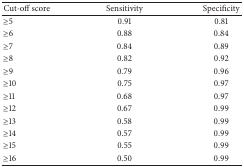
<table><thead><tr><td><b>Cut-off score</b></td><td><b>Sensitivity</b></td><td><b>Specificity</b></td></tr></thead><tbody><tr><td>≥5</td><td>0.91</td><td>0.81</td></tr><tr><td>≥6</td><td>0.88</td><td>0.84</td></tr><tr><td>≥7</td><td>0.84</td><td>0.89</td></tr><tr><td>≥8</td><td>0.82</td><td>0.92</td></tr><tr><td>≥9</td><td>0.79</td><td>0.96</td></tr><tr><td>≥10</td><td>0.75</td><td>0.97</td></tr><tr><td>≥11</td><td>0.68</td><td>0.97</td></tr><tr><td>≥12</td><td>0.67</td><td>0.99</td></tr><tr><td>≥13</td><td>0.58</td><td>0.99</td></tr><tr><td>≥14</td><td>0.57</td><td>0.99</td></tr><tr><td>≥15</td><td>0.55</td><td>0.99</td></tr><tr><td>≥16</td><td>0.50</td><td>0.99</td></tr></tbody></table>